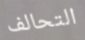
التحالف